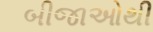
બીજાઓથી